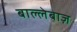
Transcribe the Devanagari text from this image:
बाल्लेबाज़